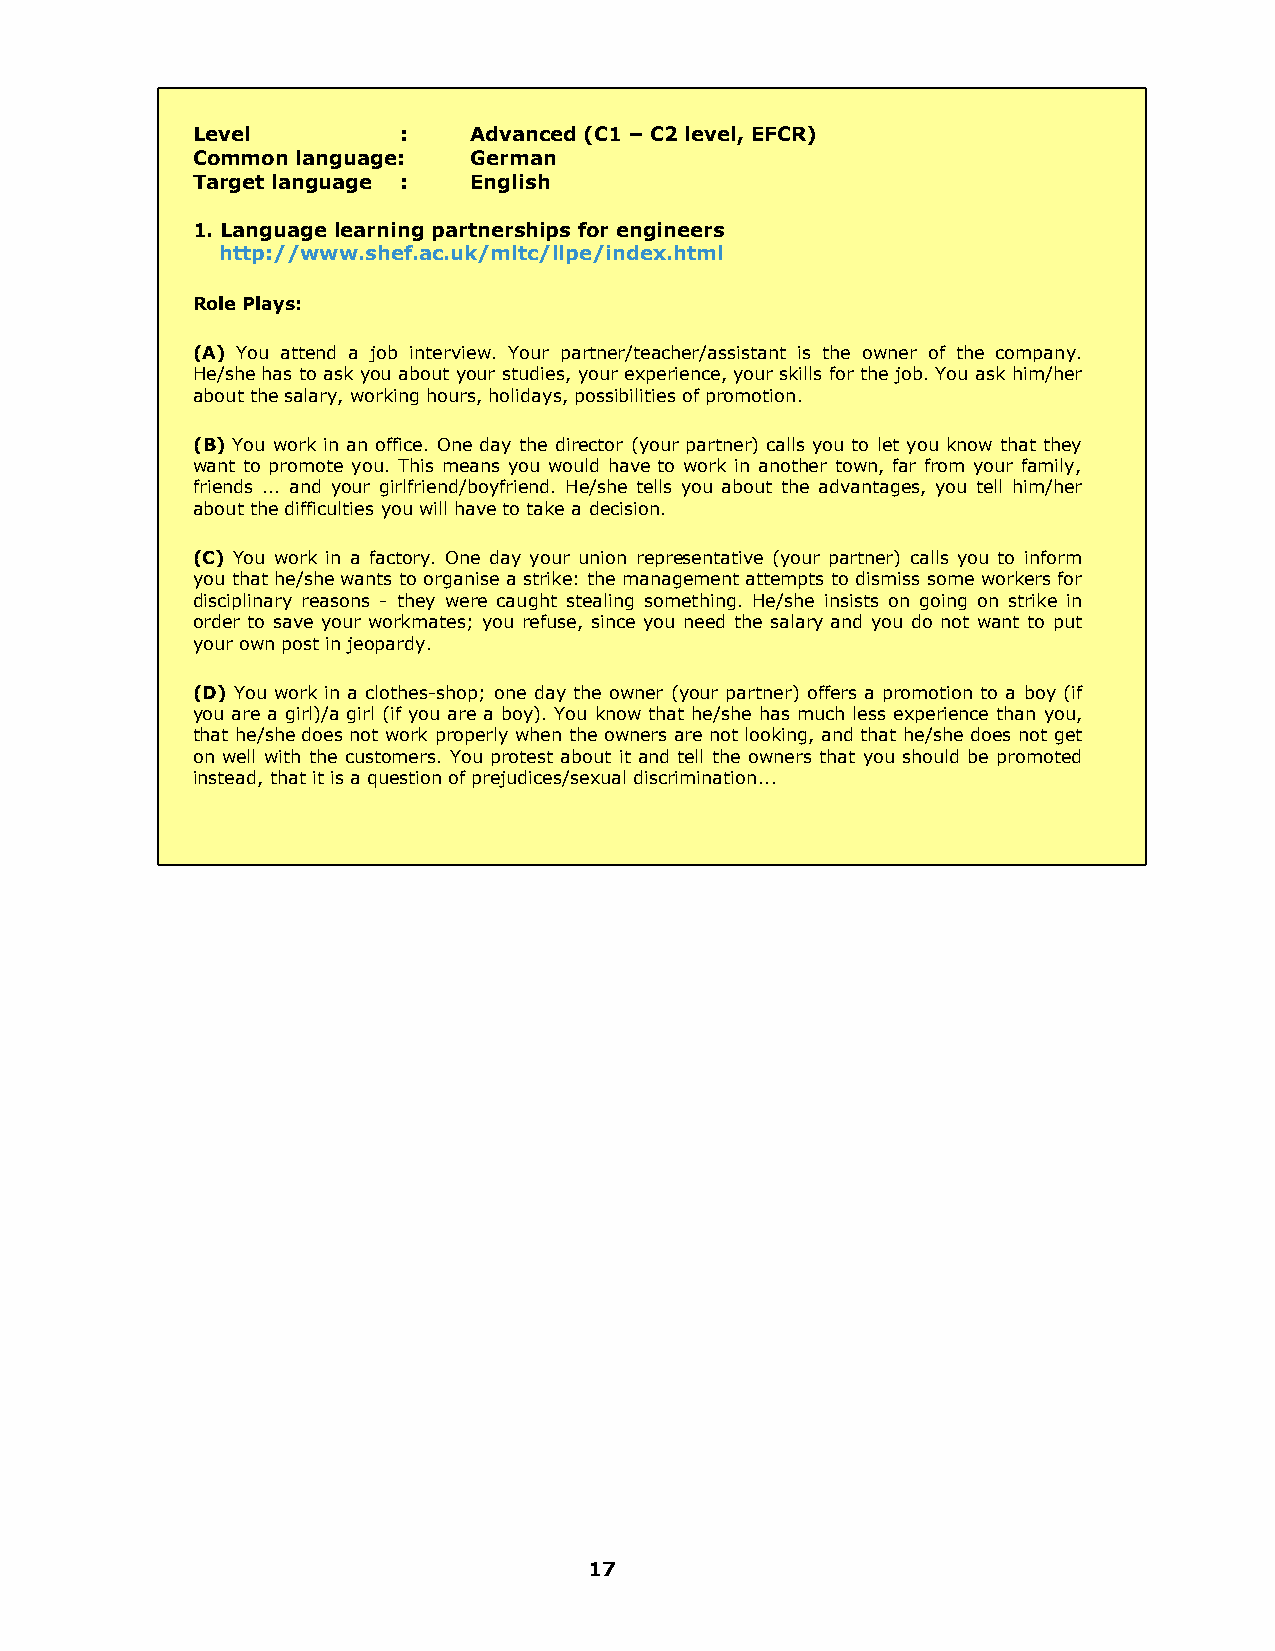
Level         :   Advanced (C1 – C2 level, EFCR)
 Common language:  German
 Target language : English
 1. Language learning partnerships for engineers
 http://www.shef.ac.uk/mltc/llpe/index.html
 Role Plays:
 (A) You attend a job interview. Your partner/teacher/assistant is the owner of the company.
 He/she has to ask you about your studies, your experience, your skills for the job. You ask him/her
 about the salary, working hours, holidays, possibilities of promotion.
 (B) You work in an office. One day the director (your partner) calls you to let you know that they
 want to promote you. This means you would have to work in another town, far from your family,
 friends ... and your girlfriend/boyfriend. He/she tells you about the advantages, you tell him/her
 about the difficulties you will have to take a decision.
 (C) You work in a factory. One day your union representative (your partner) calls you to inform
 you that he/she wants to organise a strike: the management attempts to dismiss some workers for
 disciplinary reasons - they were caught stealing something. He/she insists on going on strike in
 order to save your workmates; you refuse, since you need the salary and you do not want to put
 your own post in jeopardy.
 (D) You work in a clothes-shop; one day the owner (your partner) offers a promotion to a boy (if
 you are a girl)/a girl (if you are a boy). You know that he/she has much less experience than you,
 that he/she does not work properly when the owners are not looking, and that he/she does not get
 on well with the customers. You protest about it and tell the owners that you should be promoted
 instead, that it is a question of prejudices/sexual discrimination...
 17